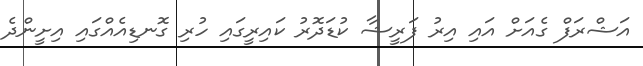
އަޝްރަފް ގެއަށް އައި އިރު ފަރީޝާ ކުޑަދޮރު ކައިރީގައި ހުރި ގޮނޑިއެއްގައި އިށީންދެ